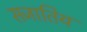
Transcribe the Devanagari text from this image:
सजातिय